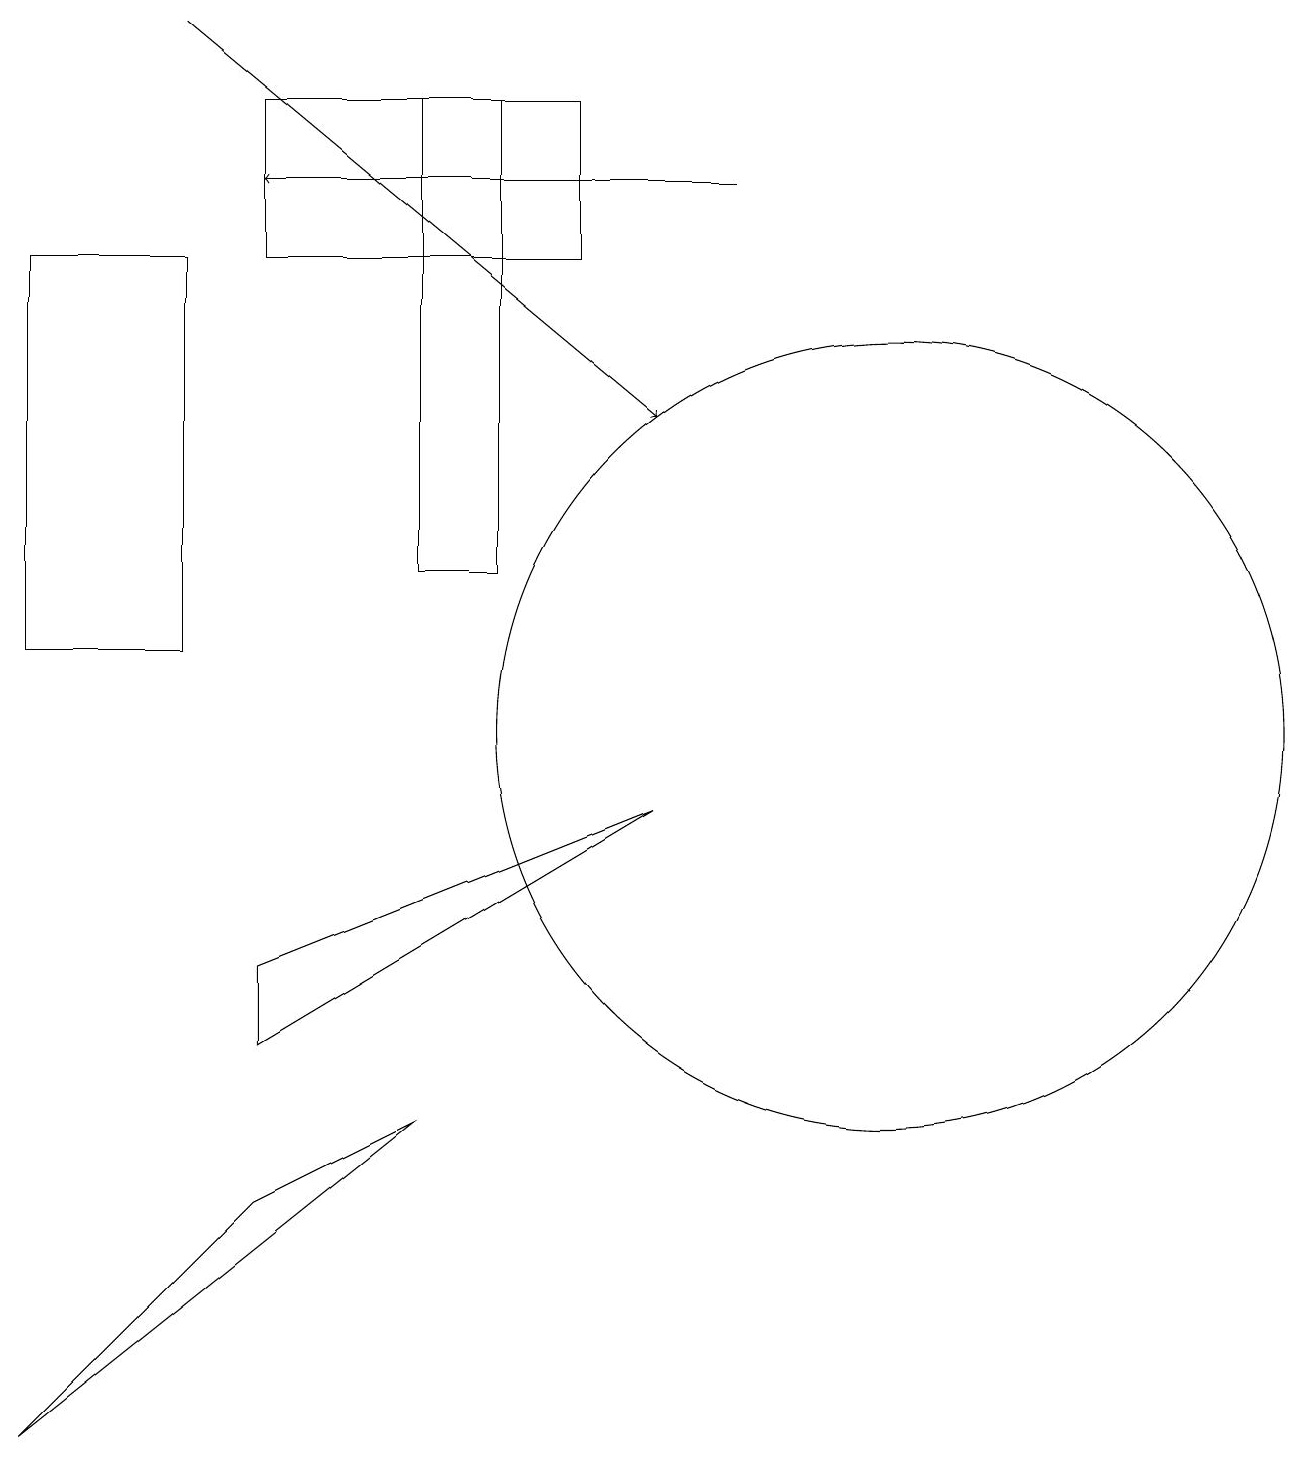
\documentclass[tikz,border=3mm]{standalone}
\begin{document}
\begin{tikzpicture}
\draw (5,12) rectangle (6,18);
\draw (11,10) circle (5);
\draw (7,16) rectangle (3,18);
\draw (0,16) rectangle (2,11);
\draw[->] (9,17) -- (3,17);
\draw[->] (2,19) -- (8,14);
\draw (3,7) -- (8,9) -- (3,6) -- cycle;
\draw (0,1) -- (3,4) -- (5,5) -- cycle;
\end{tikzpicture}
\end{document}